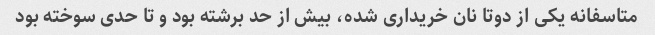
متاسفانه یکی از دوتا نان خریداری شده، بیش از حد برشته بود و تا حدی سوخته بود